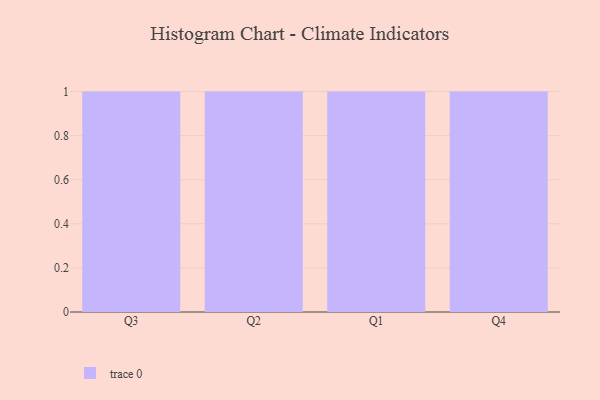
{"axis": {"x": "Quarter", "y": "Website Visitors"}, "legend": [""], "data": [{"x": "Q3", "y": 43, "type": ""}, {"x": "Q2", "y": 77, "type": ""}, {"x": "Q1", "y": 55, "type": ""}, {"x": "Q4", "y": 100, "type": ""}]}